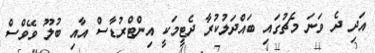
އަދި ދެ ވަނަ މެޗުގައި ބައްދަލުކުރާ ދެޓީމަކީ އިންޓްރުޑާސް އާއި ބުލޫ ވޭވްސް